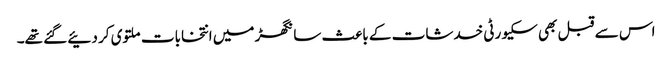
اس سے قبل بھی سکیورٹی خدشات کے باعث سانگھڑ میں انتخابات ملتوی کر دئیے گئے تھے۔